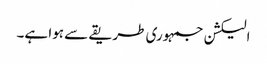
الیکشن جمہوری طریقے سے ہوا ہے۔